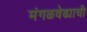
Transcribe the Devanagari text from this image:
मंगळवेढ्याची